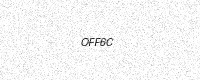
Text: OFF6C